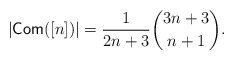
\begin{align*}|\mathsf{Com}([n])| = \dfrac{1}{2n+3} \binom{3n+3}{n+1}.\end{align*}